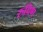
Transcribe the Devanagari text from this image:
रुपिण